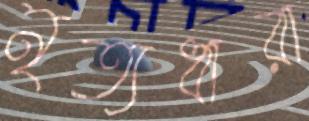
নৃত্যধারা